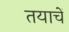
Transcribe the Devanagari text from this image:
तयाचें